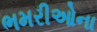
ભમરીઓના